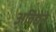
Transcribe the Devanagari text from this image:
अविद्येने